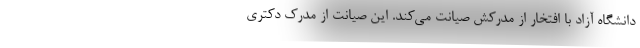
دانشگاه آزاد با افتخار از مدرکش صیانت می‌کند. این صیانت از مدرک دکتری